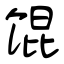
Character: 馄